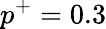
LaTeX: p^{+}=0.3